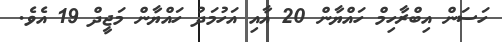
ހަސަން އިބްރާހިމް ހައްޔާން 20 އާއި އަހުމަދު ހައްޔާން މަޖީދް 19 އެވެ.